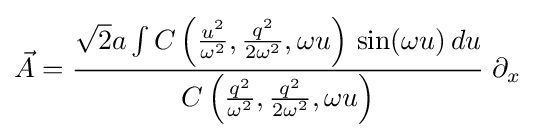
{\vec {A}}={\frac {{\sqrt {2}}a\int C\left({\frac {u^{2}}{\omega ^{2}}},{\frac {q^{2}}{2\omega ^{2}}},\omega u\right)\,\sin(\omega u)\,du}{C\left({\frac {q^{2}}{\omega ^{2}}},{\frac {q^{2}}{2\omega ^{2}}},\omega u\right)}}\;\partial _{x}